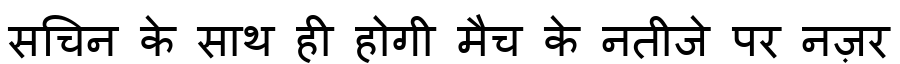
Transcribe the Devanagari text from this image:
सचिन के साथ ही होगी मैच के नतीजे पर नज़र